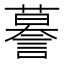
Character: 謩